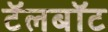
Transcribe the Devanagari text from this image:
टॅलबॉट